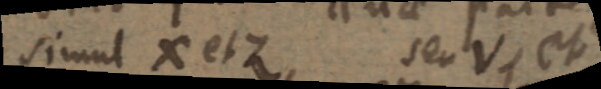
simul X et Z seu V, et